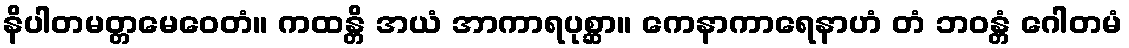
နိပါတမတ္တမေဝေတံ။ ကထန္တိ အယံ အာကာရပုစ္ဆာ။ ကေနာကာရေနာဟံ တံ ဘဝန္တံ ဂေါတမံ